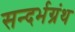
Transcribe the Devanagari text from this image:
सन्दर्भग्रंथ